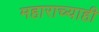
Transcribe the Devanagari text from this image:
महाराच्याही